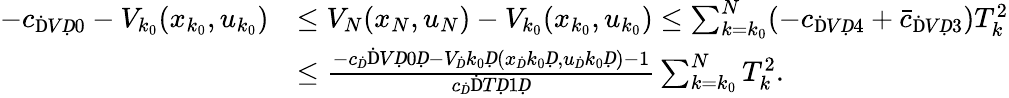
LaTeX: \begin{array}{rl}{-c_{\mathrm{Ḋ}VḌ0}-V_{k_{0}}(x_{k_{0}},u_{k_{0}})}&{\leq V_{N}(x_{N},u_{N})-V_{k_{0}}(x_{k_{0}},u_{k_{0}})\leq\sum_{k=k_{0}}^{N}(-c_{\mathrm{Ḋ}VḌ4}+\bar{c}_{\mathrm{Ḋ}VḌ3})T_{k}^{2}}\\ &{\leq\frac{-c_{Ḋ}\mathrm{Ḋ}VḌ0Ḍ-V_{Ḋ}k_{0}Ḍ(x_{Ḋ}k_{0}Ḍ,u_{Ḋ}k_{0}Ḍ)-1}{c_{Ḋ}\mathrm{Ḋ}TḌ1Ḍ}\sum_{k=k_{0}}^{N}T_{k}^{2}.}\end{array}